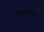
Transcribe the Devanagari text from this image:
मुलतत्ववाद